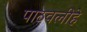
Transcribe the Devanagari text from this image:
पाठवलीहे